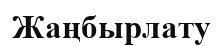
Жаңбырлату